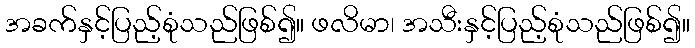
အခက်နှင့်ပြည့်စုံသည်ဖြစ်၍။ ဖလိမာ၊ အသီးနှင့်ပြည့်စုံသည်ဖြစ်၍။